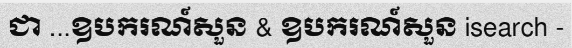
ជា ...ឧបករណ៍សួន & ឧបករណ៍សួន isearch -